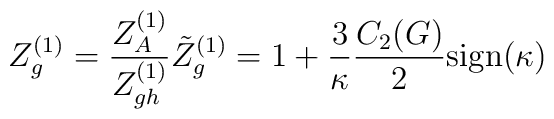
Z_g^{(1)} = \frac {Z_A^{(1)}} {Z_{gh}^{(1)}} \tilde{Z}_g^{(1)}                  = 1+ \frac {3} {\kappa}\frac{C_2 (G)}{2}                {\rm sign}(\kappa)